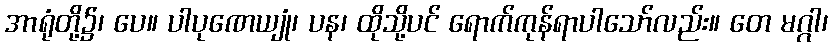
အာရုံတို့၌၊ ပေ။ ပါပုဏေယျုံ၊ ပန၊ ထိုသို့ပင် ရောက်ကုန်ရာပါသော်လည်း။ တေ မဂ္ဂါ၊